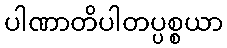
ပါဏာတိပါတပ္ပစ္စယာ